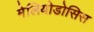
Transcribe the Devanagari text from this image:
मेलियोडोसिस